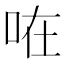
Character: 𠱽